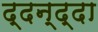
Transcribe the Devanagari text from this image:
द्दन्द्दा